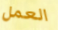
العمل